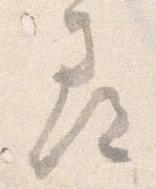
尋